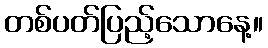
တစ်ပတ်ပြည့်သောနေ့။